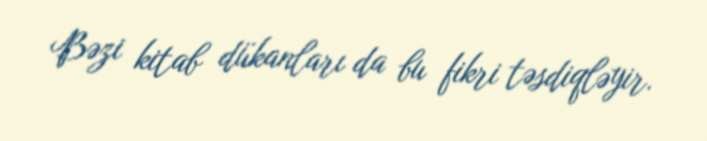
Bəzi kitab dükanları da bu fikri təsdiqləyir.